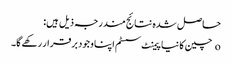
حاصل شدہ نتائج مندرجہ ذیل ہیں:
o چین کا نیا پیمنٹ سسٹم اپنا وجود برقرار رکھے گا۔